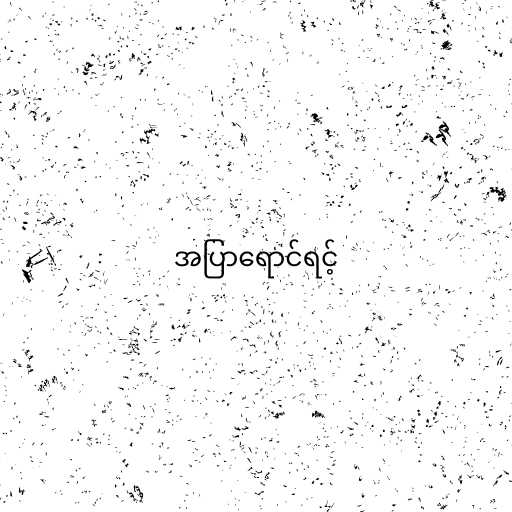
အပြာရောင်ရင့်